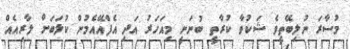
މުސާރަ ނުލިބޭތީވެ ޝަކުވާ ކުރާތީ ބުނަނީ މިއަހަރު އަދި އެފްއޭއެމުން ކުލަބަށް ލާރިއެއް